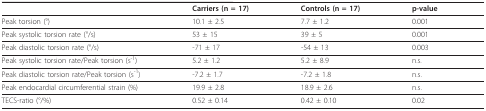
<table><thead><tr><td></td><td><b>Carriers (n = 17)</b></td><td><b>Controls (n = 17)</b></td><td><b>p-value</b></td></tr></thead><tbody><tr><td>Peak torsion (°)</td><td>10.1 ± 2.5</td><td>7.7 ± 1.2</td><td>0.001</td></tr><tr><td>Peak systolic torsion rate (°/s)</td><td>53 ± 15</td><td>39 ± 5</td><td>0.001</td></tr><tr><td>Peak diastolic torsion rate (°/s)</td><td>-71 ± 17</td><td>-54 ± 13</td><td>0.003</td></tr><tr><td>Peak systolic torsion rate/Peak torsion (s<sup>-1</sup>)</td><td>5.2 ± 1.2</td><td>5.2 ± 8.9</td><td>n.s.</td></tr><tr><td>Peak diastolic torsion rate/Peak torsion (s<sup>-1</sup>)</td><td>-7.2 ± 1.7</td><td>-7.2 ± 1.8</td><td>n.s.</td></tr><tr><td>Peak endocardial circumferential strain (%)</td><td>19.9 ± 2.8</td><td>18.9 ± 2.6</td><td>n.s.</td></tr><tr><td>TECS-ratio (°/%)</td><td>0.52 ± 0.14</td><td>0.42 ± 0.10</td><td>0.02</td></tr></tbody></table>